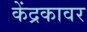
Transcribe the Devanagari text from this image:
केंद्रकावर